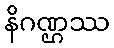
နိဂဏ္ဌဿ